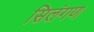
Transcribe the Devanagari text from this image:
सिलंगण